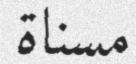
مسناة